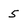
Character: 5